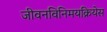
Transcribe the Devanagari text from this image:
जीवनविनिमयक्रियेस